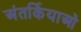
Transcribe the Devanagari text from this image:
अंतर्कियाओं